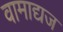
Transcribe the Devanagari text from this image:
वामाद्यज